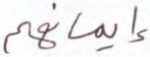
إيمانهم